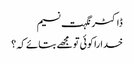
ڈاکٹر نگہت نسیم
خدا را کوئی تو مجھے بتائے کہ ؟